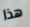
هذا